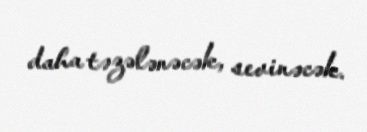
daha təzələnəcək, sevinəcək.